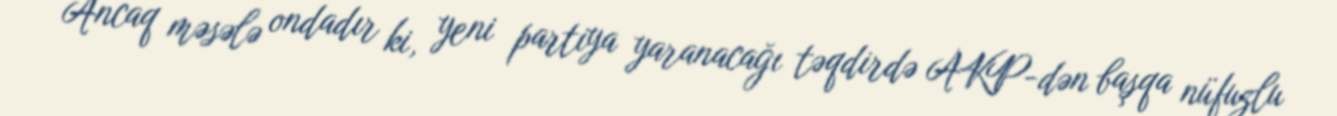
Ancaq məsələ ondadır ki, yeni partiya yaranacağı təqdirdə AKP-dən başqa nüfuzlu